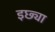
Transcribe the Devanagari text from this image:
इछ्या